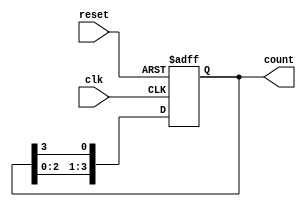
module ring_counter #(parameter N = 4) (
    input wire clk,
    input wire reset,
    output reg [N-1:0] count
);

// Initialization of the Ring Counter
initial begin
    count = 1'b1; // Set the initial state to 100...0 (only the MSB is high)
end

// Sequential logic for the Ring Counter
always @(posedge clk or posedge reset) begin
    if (reset) begin
        count <= 1'b1; // Reset to initial state
    end else begin
        // Shift the high bit around
        count <= {count[N-2:0], count[N-1]}; // Circular shift
    end
end

endmodule